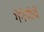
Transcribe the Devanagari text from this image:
गेनेवीवे